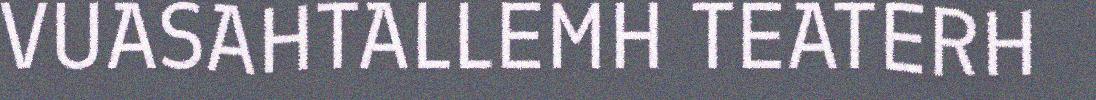
VUASAHTALLEMH TEATERH